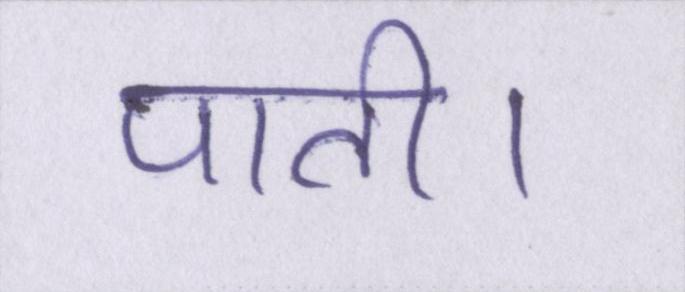
पाती।